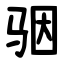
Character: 骃